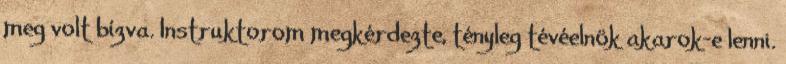
meg volt bízva. Instruktorom meg­kér­dezte, tényleg tévéelnök akarok-e lenni.